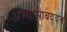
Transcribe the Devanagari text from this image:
अभ्यासाबद्दल